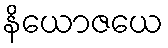
နိယောဇယေ